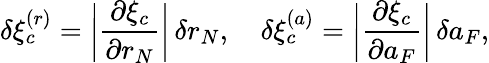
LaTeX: \delta\xi_{c}^{(r)}=\bigg|\frac{\partial\xi_{c}}{\partial r_{N}}\bigg|\, \delta r_{N},\quad\delta\xi_{c}^{(a)}=\bigg|\frac{\partial\xi_{c}}{\partial a_{F}}\bigg|\, \delta a_{F},